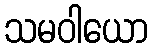
သမဝါယော